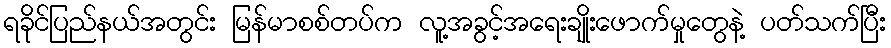
ရခိုင်ပြည်နယ်အတွင်း မြန်မာစစ်တပ်က လူ့အခွင့်အရေးချိုးဖောက်မှုတွေနဲ့ ပတ်သက်ပြီး